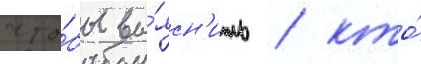
что́бы вы́ясн'ить / кто́